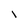
Character: 1